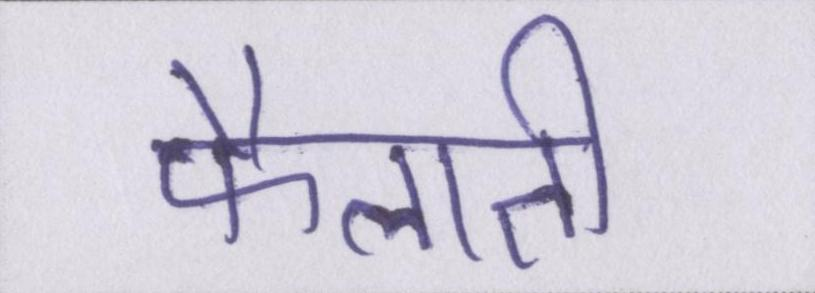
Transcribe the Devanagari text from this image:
फैलाती